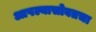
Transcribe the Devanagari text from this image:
आपल्यासोबतचा